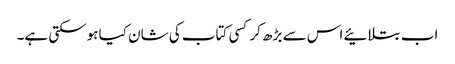
اب بتلائیے اس سے بڑھ کر کسی کتاب کی شان کیا ہوسکتی ہے۔